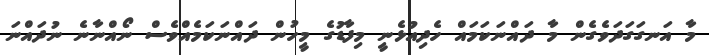
މާ އަނގަގަދަވެގެން މާ ދައްނަކަމައް ހެދިއުޅެނީ މިފާޑުގެ މީހުން ދައްނަކަމެއްވެސް ނޯއްނާނެ ނުދައްނަ